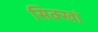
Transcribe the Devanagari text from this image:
सिक्खां